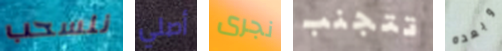
ننسحب أصلي نجرى تتجنب وبعده